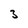
Character: 3